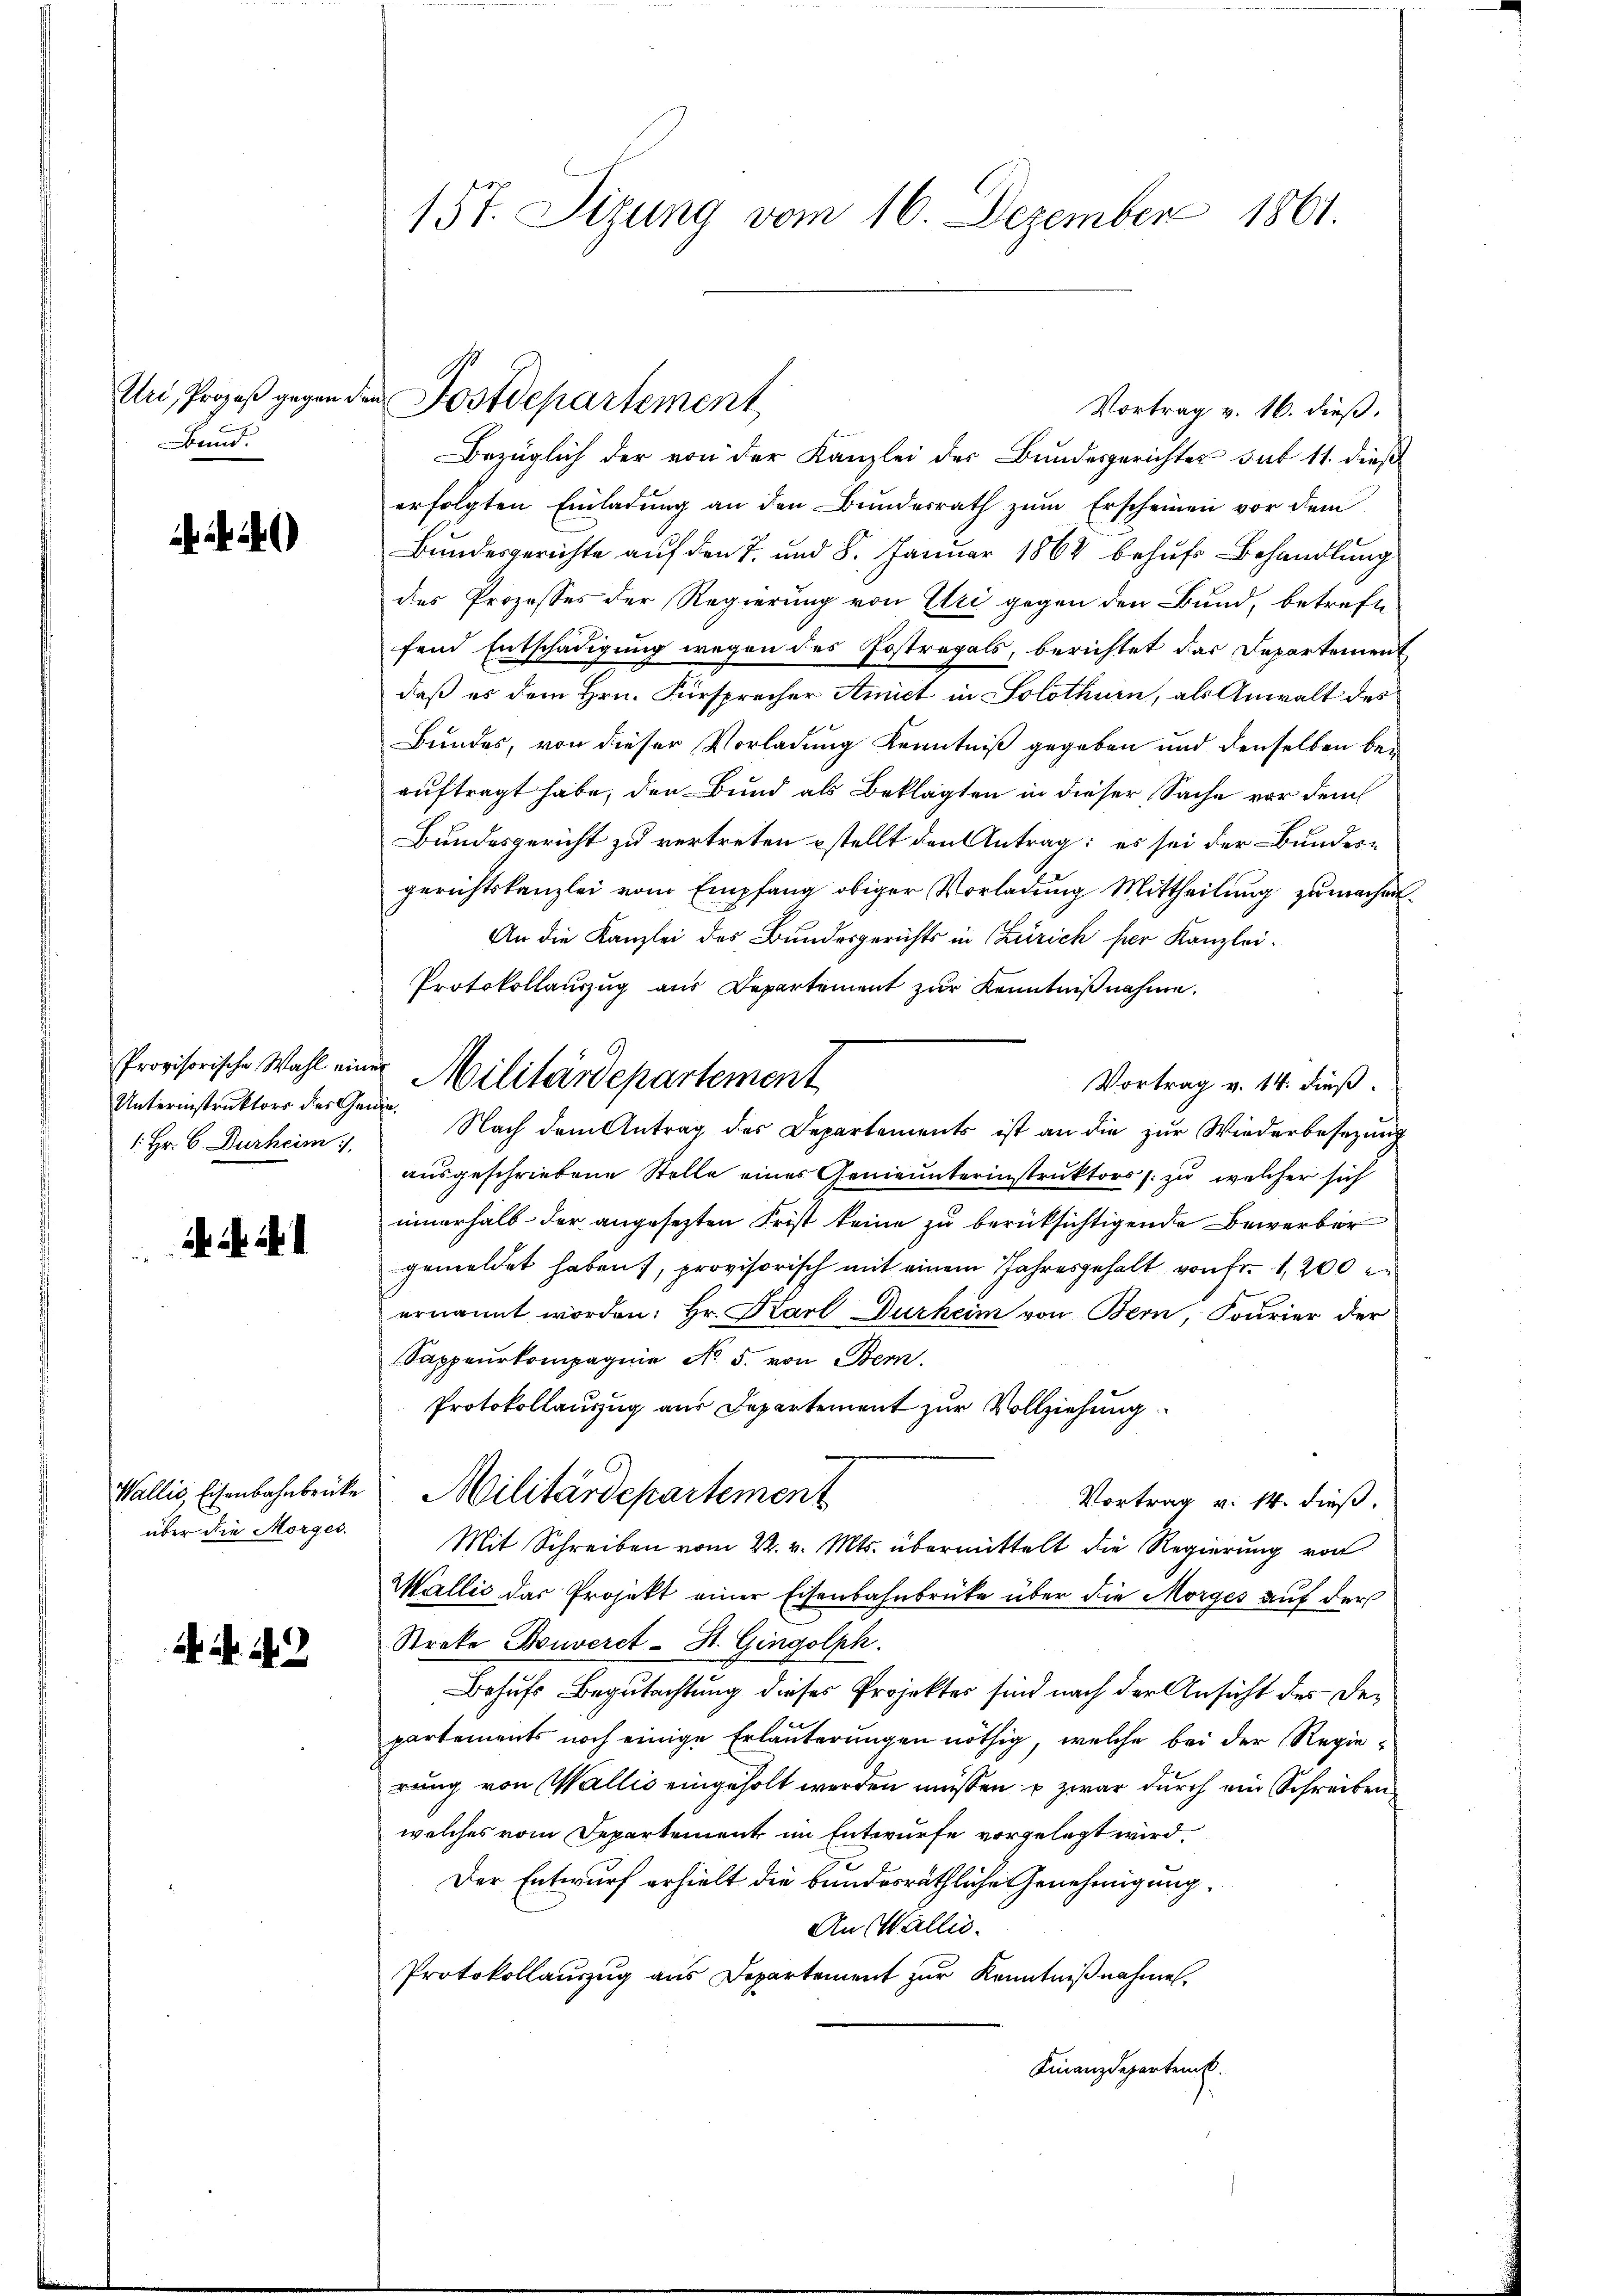
Bund.

4)

Unterinstruktors der Genie¬
1. Hr. C. Durheim

über die Morges.

. 42

Bezüglich der von der Kanzlei der Bundesgerichter sub 11. dieß
erfolgten Einladŭng an den Bŭndesrath zŭm Erscheinen vor dem
Bundesgerichte auf den 7. und 8. Januar 1864 behufs Behandlung
des Prozesses der Regierung von Uri gegen den Bund, betreffe
fend Entschädigung wegen des Postregals, berichtet das Departement
daß es dem Hrn. Fürsprecher Amict in Solothurn, als Anwalt des
Bundes, von dieser Vorladung Kenntniß gegeben und denselben bei
auftragt habe, der Bund als Beklagten in dieser Sache vor dem
Bundesgericht zu vertreten stellt den Antrag: es sei der Bundesgerichtskanzlei vom Empfang obiger Vorladung Mittheilŭng zumachel¬
An die Kanzlei des Bundesgerichts in Zürich her Kanzlei.
Protokollauszug aus Departement zur Kenntnißnahme.
Vortrag v. 14. dieß.
Nach dem Antrag des Departements ist an die zŭr Wiederbesezung
ausgeschriebene Stelle eines Genieunterinstruktors zu welcher sich
innerhalb der angesezten Frist keine zu berüksichtigende Bewerber
gemeldet haben, provisorisch mit einem Jahresgehalt von Fr. 1200
ernannt worden: Hr. Karl Durheim von Bern, Fourier der
Sappeurkompagnie No 5. von Bern.
Protokollauszug aus Departement zur Vollziehung.
Wallis, Eisenbahnbrücke Militärdepartement
Vortrag v. 14. dieß.
Mit Schreiben vom 22. v. Mts. übermittelt die Regierung von
Wallić das Projekt einer Eisenbahnbrücke über die Morges auf der
Streke Bouveret- St. Gingolph.
Behufs Begutachtung dieses Projektes sind nach der Ansicht des De¬
.
partements noch einige Erläuterungen nöthig, welche bei der Regierung von Wallis eingeholt werden müssen u zwar durch ein Schreiben
welches vom Departement im Entwurfe vorgelegt wird.
Der Entwurf erhielt die bundesräthliche Genehmigung.
An Wallis.
Protokollauszug aus Departement zur Kenntnißnahmen.
Finanzdepartenk

157. Sizung vom 16. Dezember 1861.

Alri, Prozeß gegen den Postdepartement

Provisorische Wahl einer Militärdepartement

Vortrag v. 16. dieß.